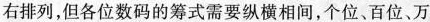
右排列，但各位数码的筹式需要纵横相间，个位、百位、万